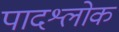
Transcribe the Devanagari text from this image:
पादश्लोक